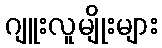
ဂျူးလူမျိုးများ